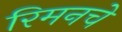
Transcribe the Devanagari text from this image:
रिमनचे